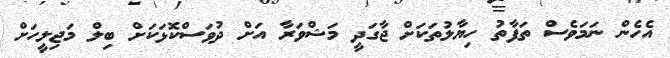
އެހެން ނަމަވެސް ތަފާތު ހިޔާލުތަކަށް ޖާގަދީ މަޝްވަރާ އަށް ދުވަސްކޮޅަކަށް ބިލް މަޖިލީހަށް